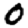
Digit: 0